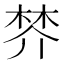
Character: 𣓴